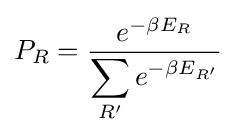
P_{R}={\frac {e^{-\beta E_{R}}}{\displaystyle \sum _{R'}e^{-\beta E_{R'}}}}